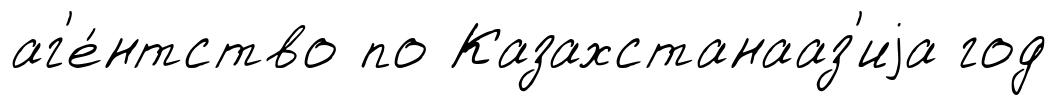
аг'е́нтство по Казахстанааз'иjа год